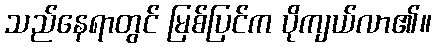
သည်နေရာတွင် မြစ်ပြင်က ပိုကျယ်လာ၏။